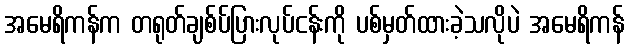
အမေရိကန်က တရုတ်ချစ်ပ်ပြားလုပ်ငန်းကို ပစ်မှတ်ထားခဲ့သလိုပဲ အမေရိကန်